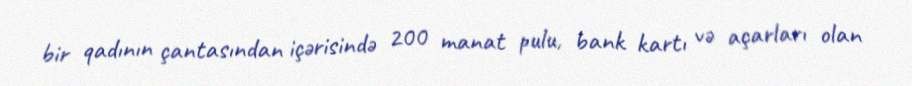
bir qadının çantasından içərisində 200 manat pulu, bank kartı və açarları olan